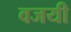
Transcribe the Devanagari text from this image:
वजयी